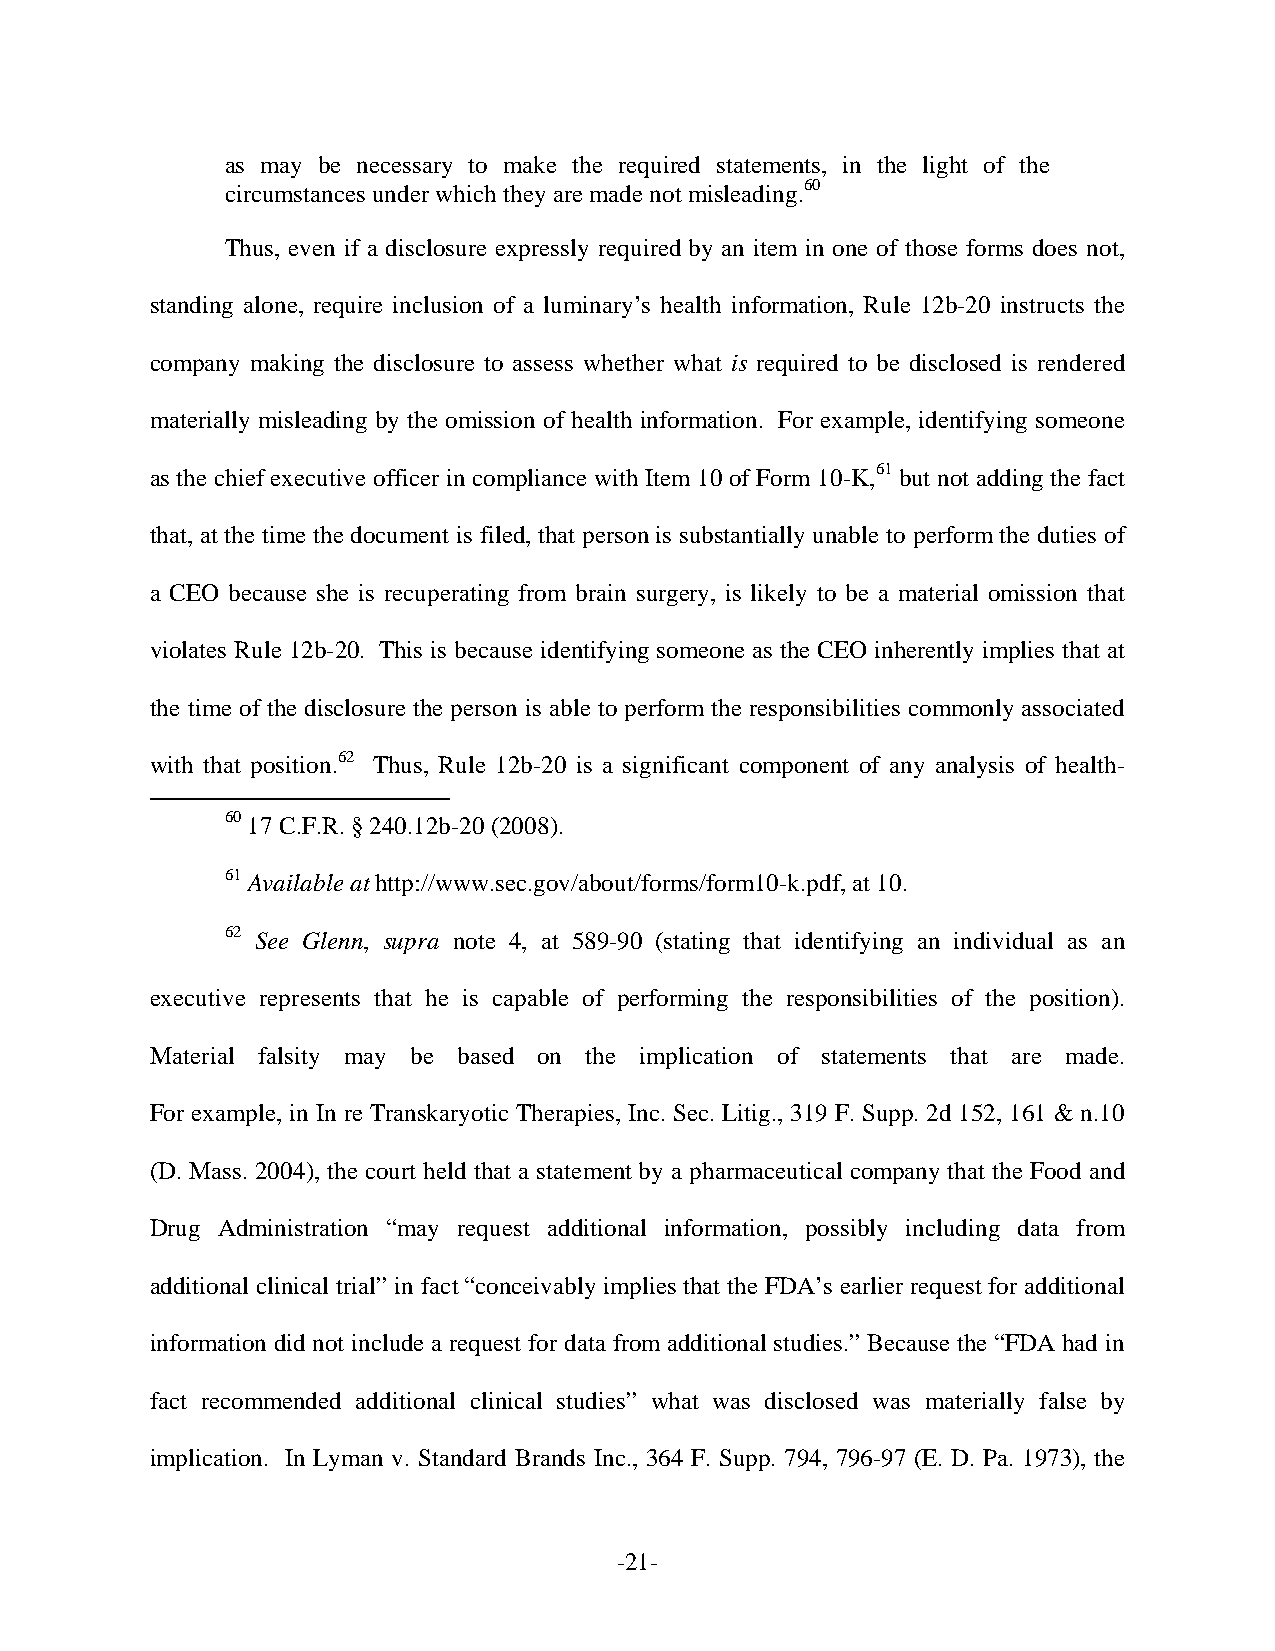
as may be necessary to make the required statements, in the light of the
 circumstances under which they are made not misleading.60
 Thus, even if a disclosure expressly required by an item in one of those forms does not,
 standing alone, require inclusion of a luminary’s health information, Rule 12b-20 instructs the
 company making the disclosure to assess whether what is required to be disclosed is rendered
 materially misleading by the omission of health information. For example, identifying someone
 as the chief executive officer in compliance with Item 10 of Form 10-K,61 but not adding the fact
 that, at the time the document is filed, that person is substantially unable to perform the duties of
 a CEO because she is recuperating from brain surgery, is likely to be a material omission that
 violates Rule 12b-20. This is because identifying someone as the CEO inherently implies that at
 the time of the disclosure the person is able to perform the responsibilities commonly associated
 with that position.62 Thus, Rule 12b-20 is a significant component of any analysis of health-
 60 17 C.F.R. § 240.12b-20 (2008).
 61 Available at http://www.sec.gov/about/forms/form10-k.pdf, at 10.
 62 See Glenn, supra note 4, at 589-90 (stating that identifying an individual as an
 executive represents that he is capable of performing the responsibilities of the position).
 Material falsity may be based on the implication of statements that are made.
 For example, in In re Transkaryotic Therapies, Inc. Sec. Litig., 319 F. Supp. 2d 152, 161 & n.10
 (D. Mass. 2004), the court held that a statement by a pharmaceutical company that the Food and
 Drug Administration “may request additional information, possibly including data from
 additional clinical trial” in fact “conceivably implies that the FDA’s earlier request for additional
 information did not include a request for data from additional studies.” Because the “FDA had in
 fact recommended additional clinical studies” what was disclosed was materially false by
 implication. In Lyman v. Standard Brands Inc., 364 F. Supp. 794, 796-97 (E. D. Pa. 1973), the
 -21-